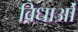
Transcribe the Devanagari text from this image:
विधाओं